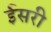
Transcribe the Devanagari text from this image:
ईसरी